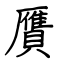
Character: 贋